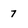
Character: 7